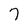
Character: 7